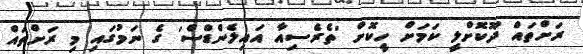
ރަށްތައް ދޫކޮށްލީ ކަމަށް ހީކޮށް 'ތެރެސިއާ އައިލެންޑްސް' ގެ ނަމުގައި މި ރަށްތައް